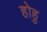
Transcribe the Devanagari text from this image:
होहु